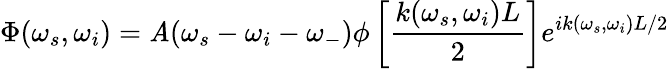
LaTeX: \Phi(\omega_{s},\omega_{i})=\mathit{A}(\omega_{s}-\omega_{i}-\omega_{-})\phi\left[\frac{{k(\omega_{s},\omega_{i})L}}{{2}}\right]e^{ik(\omega_{s},\omega_{i})L/2}